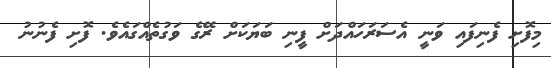
މިފޮށި ފެނިފައި ވަނީ އެސަރަހައްދަށް ފީނި ބަޔަކަށް ރޭގެ ވަގުތެއްގައެވެ. ފޮށި ފެނުނު